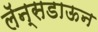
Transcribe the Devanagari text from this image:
लॅन्सडाऊन